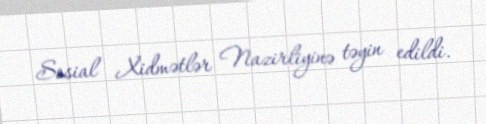
Sosial Xidmətlər Nazirliyinə təyin edildi.